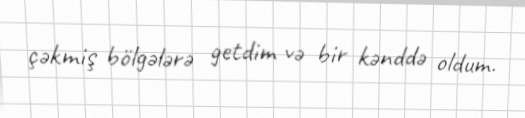
çəkmiş bölgələrə getdim və bir kənddə oldum.